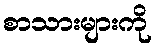
စာသားများကို